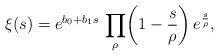
\begin{align*}\xi(s)={e^{b_{0}+b_{1}s}}\,\prod_{\rho}\biggl(1-\frac{s}{\rho}\biggr)\,e^{\frac{s}{\rho}},\end{align*}